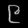
Digit: ၉